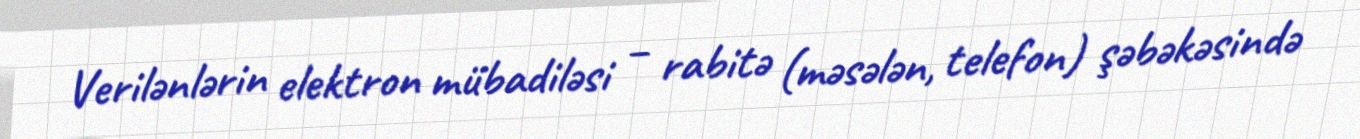
Verilənlərin elektron mübadiləsi – rabitə (məsələn, telefon) şəbəkəsində